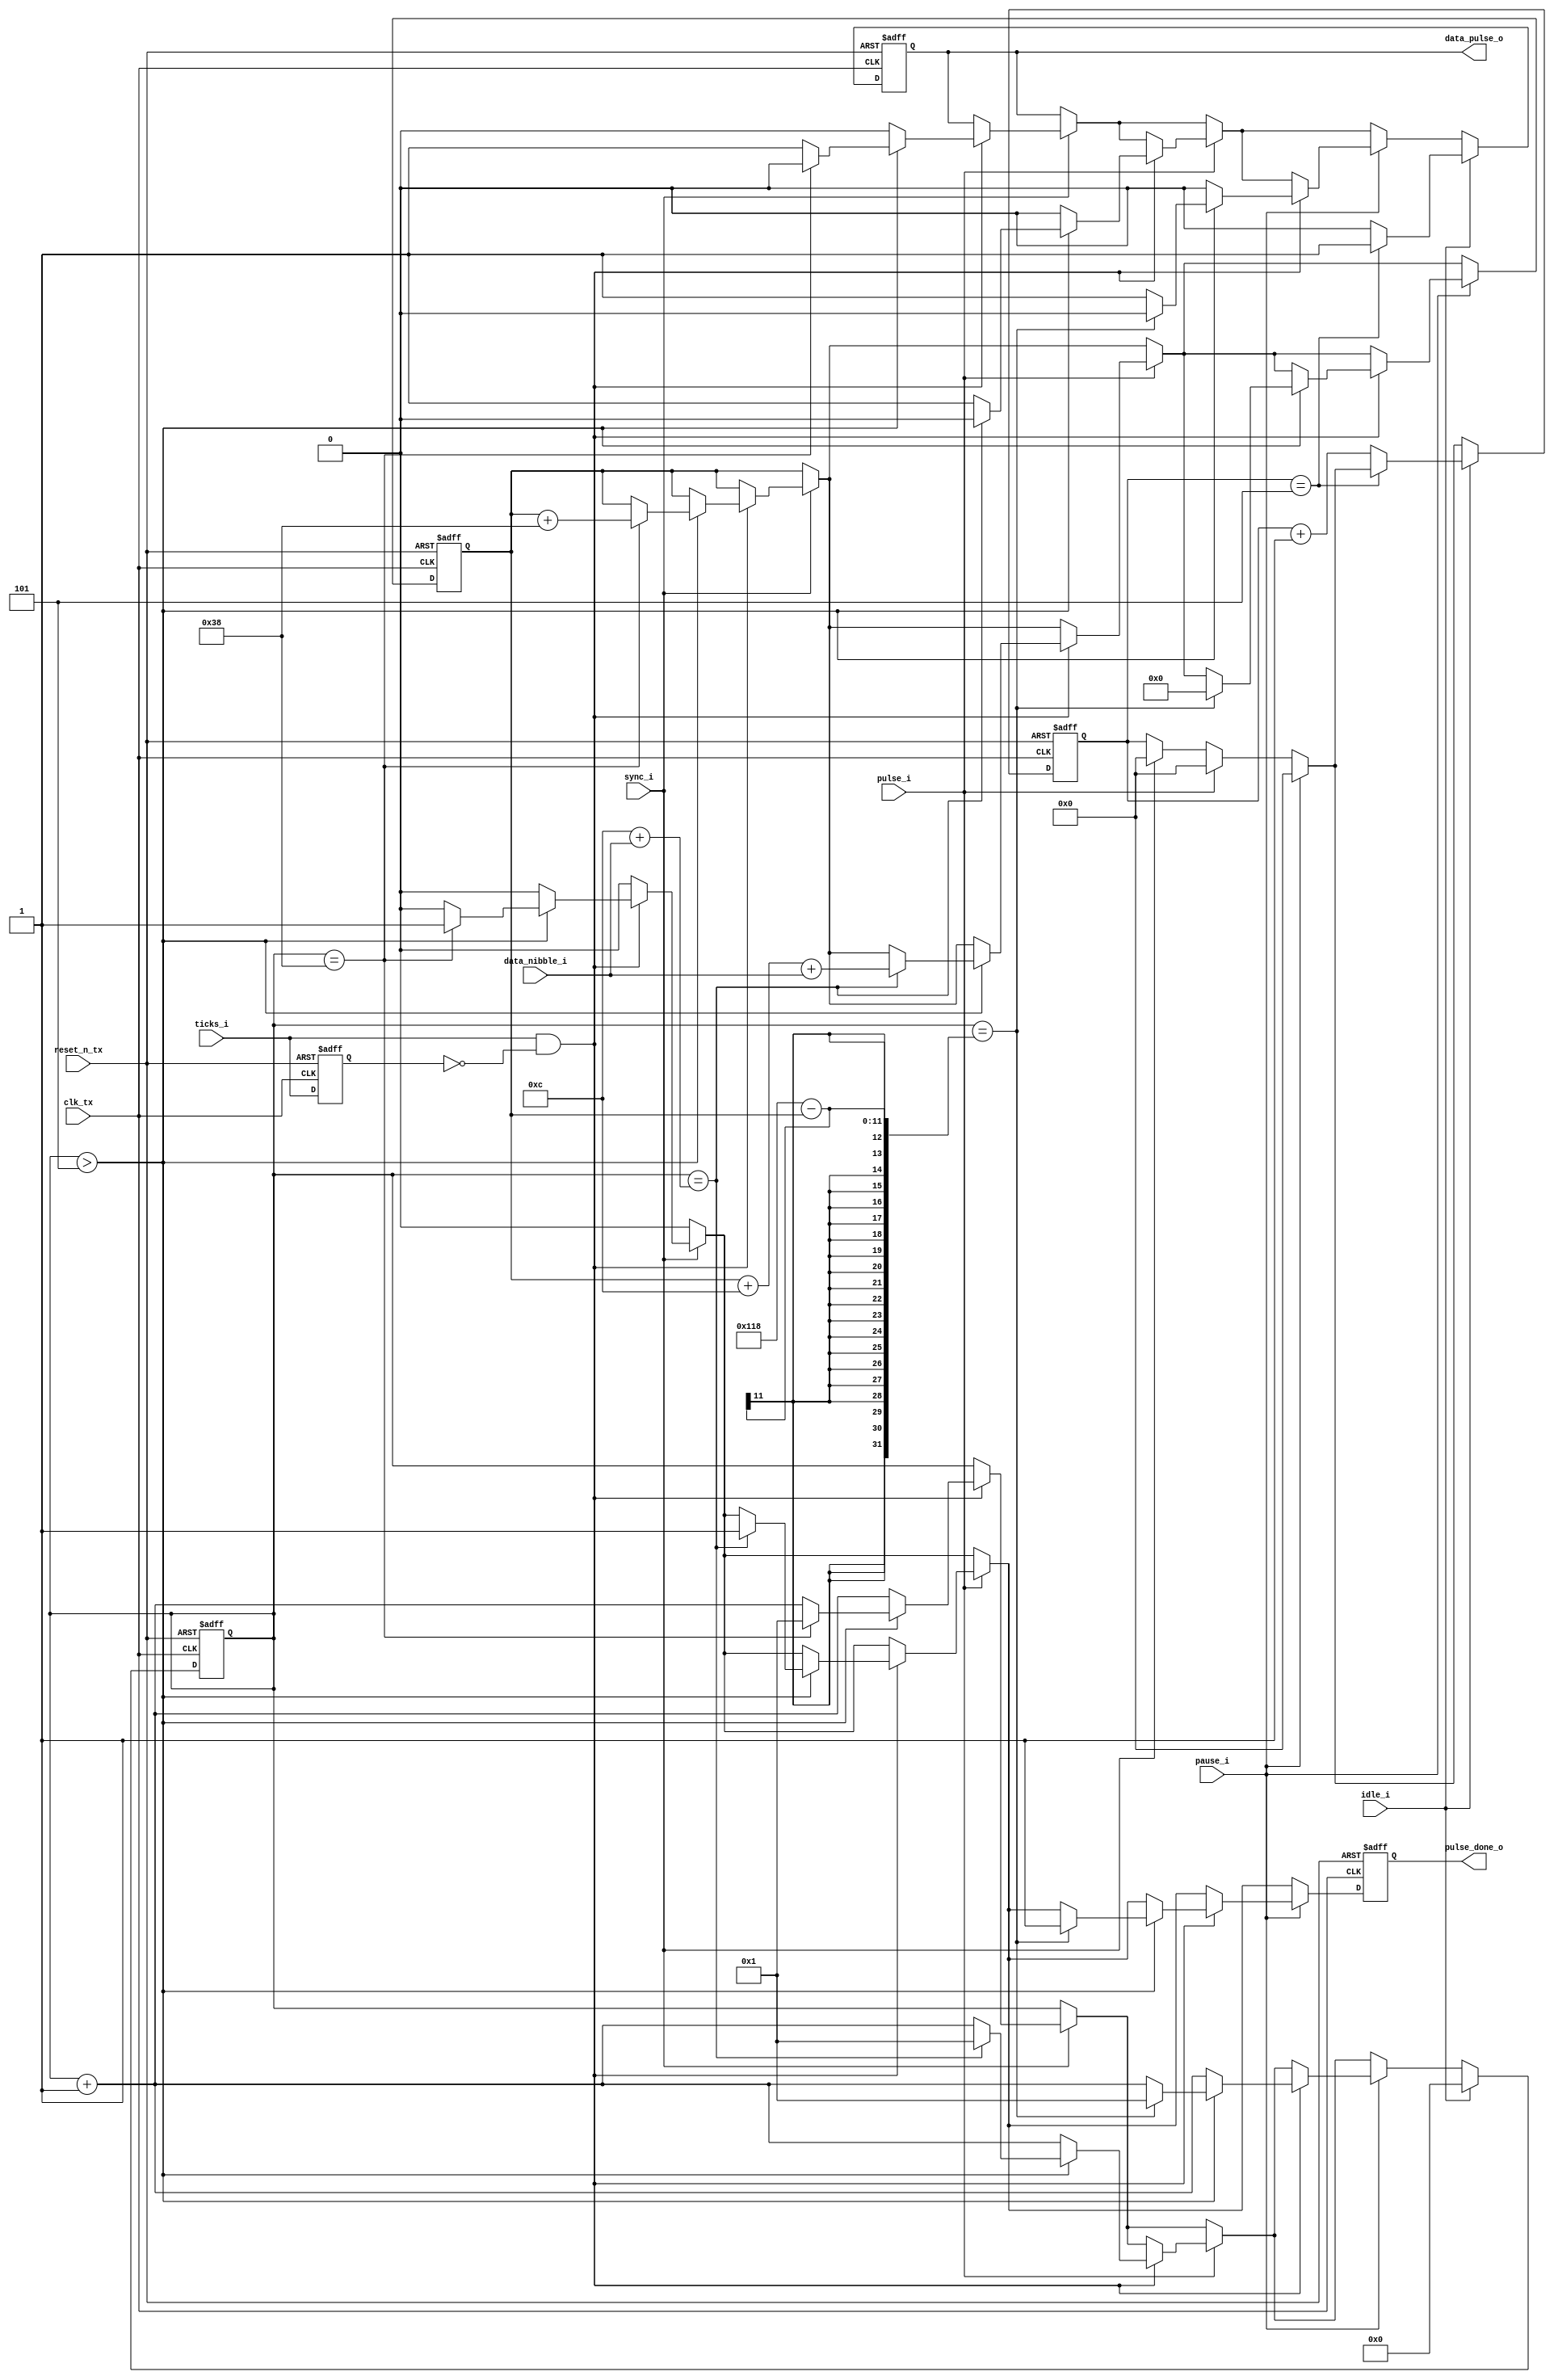
module sent_tx_pulse_gen(
	//clk and reset_n_tx
	input clk_tx,
	input ticks_i,
	input reset_n_tx,

	//signals to control
	input [3:0] data_nibble_i,
	input pulse_i,
	input sync_i,
	input pause_i,
	input idle_i,
	output reg pulse_done_o,

	//output sent tx
	output reg data_pulse_o
	);
	reg sig_ticks;
	reg [10:0] count_ticks_i;
	reg [15:0] count;
	reg [3:0] count_zero_idle;

	always @(posedge clk_tx or negedge reset_n_tx) begin
		if(!reset_n_tx) begin
			count <= 0;
			sig_ticks <= 0;
			count_ticks_i <= 0;
			count_zero_idle <= 0;
			pulse_done_o <= 0;
			data_pulse_o <= 1;
		end
		else begin
			sig_ticks <= ticks_i;
			if(pulse_done_o) pulse_done_o <= 0;
			if(sync_i) begin
				if((ticks_i == 1) && (sig_ticks==0)) begin
    					count <= count+1;
					if(count > 5) begin
					data_pulse_o <= 1;
					if(count == 56) begin
						data_pulse_o <= 0;
						pulse_done_o <= 1;
						count <= 1;
						count_ticks_i <= count_ticks_i + 56;
					end
				end 
				else begin
					data_pulse_o <= 0;
				end
  				end
				count_zero_idle <= 0;
				
			end
			if(pulse_i) begin
				if((ticks_i == 1) && (sig_ticks==0)) begin
    					count <= count+1;
					if(count > 5) begin
					data_pulse_o <= 1;
					if(count == 12 + data_nibble_i) begin
						data_pulse_o <= 0;
						pulse_done_o <= 1;
						count <= 1;
						count_ticks_i <= count_ticks_i + 12 + data_nibble_i;
					end
				end 
				else begin
					data_pulse_o <= 0;
				end
  				end
				count_zero_idle <= 0;
				
			end
			if(pause_i) begin
				if((ticks_i == 1) && (sig_ticks==0)) begin
    					count <= count+1;
					if(count > 5) begin
					data_pulse_o <= 1;
					if(count == 280 - count_ticks_i) begin
						data_pulse_o <= 0;
						pulse_done_o <= 1;
						count <= 1;
						count_ticks_i <= 0;
					end
				end 
				else begin
					data_pulse_o <= 0;
				end
  				end
				count_zero_idle <= 0;
				
			end
			if(idle_i) begin
				count <= 0;
				if(count_zero_idle == 5) begin
					data_pulse_o <= 1;
				end 
				else begin
					count_zero_idle <= count_zero_idle + 1;
					data_pulse_o <= 0;
				end
			end
		end
	end
endmodule